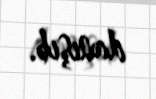
danışıb.